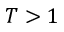
T > 1